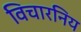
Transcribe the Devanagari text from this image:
विचारनिय